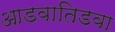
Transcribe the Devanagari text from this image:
आडवातिडवा